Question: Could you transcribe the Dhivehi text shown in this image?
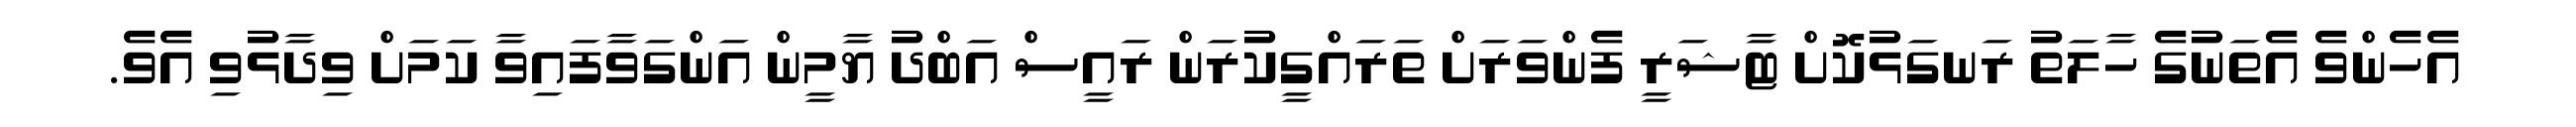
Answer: އެހެންވެ އެތަނުގެ ހާލަތު ރަނގަޅުކޮށް ޓާޝަރީ ފެންވަރަށް ތަރައްގީކުރަން ރައީސް އަބްދު ޔާމީން އަންގަވާފައިވާ ކަމަށް ވިދާޅުވި އެވެ.